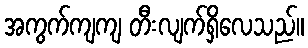
အကွက်ကျကျ တီးလျက်ရှိလေသည်။